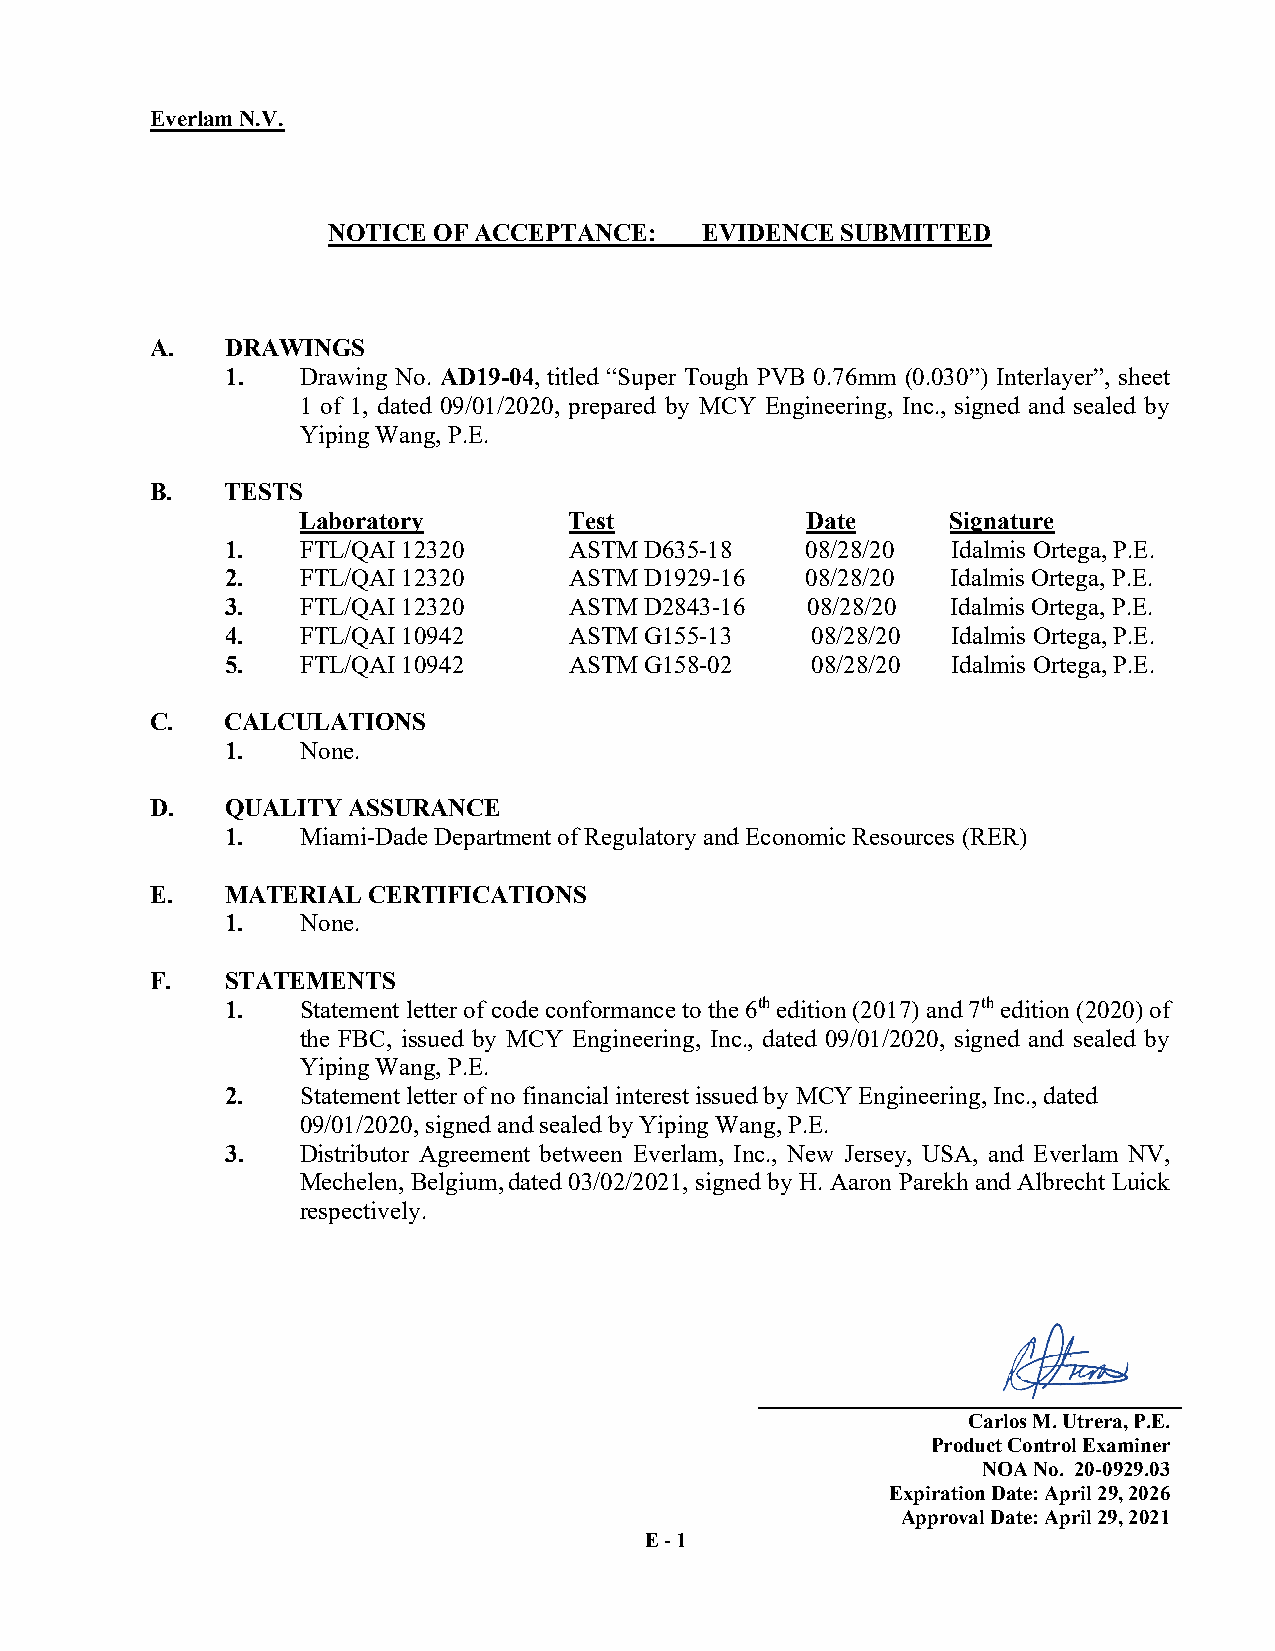
Everlam N.V.
 NOTICE OF ACCEPTANCE:    EVIDENCE SUBMITTED
 A.   DRAWINGS
 1.   Drawing No. AD19-04, titled “Super Tough PVB 0.76mm (0.030”) Interlayer”, sheet
 1 of 1, dated 09/01/2020, prepared by MCY Engineering, Inc., signed and sealed by
 Yiping Wang, P.E.
 B.   TESTS
 Laboratory        Test           Date      Signature
 1.   FTL/QAI 12320     ASTM D635-18   08/28/20  Idalmis Ortega, P.E.
 2.   FTL/QAI 12320     ASTM D1929-16  08/28/20  Idalmis Ortega, P.E.
 3.   FTL/QAI 12320     ASTM D2843-16   08/28/20 Idalmis Ortega, P.E.
 4.   FTL/QAI 10942     ASTM G155-13    08/28/20 Idalmis Ortega, P.E.
 5.   FTL/QAI 10942     ASTM G158-02    08/28/20 Idalmis Ortega, P.E.
 C.   CALCULATIONS
 1.   None.
 D.   QUALITY ASSURANCE
 1.   Miami-Dade Department of Regulatory and Economic Resources (RER)
 E.   MATERIAL CERTIFICATIONS
 1.   None.
 F.   STATEMENTS
 1.   Statement letter of code conformance to the 6th edition (2017) and 7th edition (2020) of
 the FBC, issued by MCY Engineering, Inc., dated 09/01/2020, signed and sealed by
 Yiping Wang, P.E.
 2.   Statement letter of no financial interest issued by MCY Engineering, Inc., dated
 09/01/2020, signed and sealed by Yiping Wang, P.E.
 3.   Distributor Agreement between Everlam, Inc., New Jersey, USA, and Everlam NV,
 Mechelen, Belgium,dated 03/02/2021, signed by H. Aaron Parekh and Albrecht Luick
 respectively.
 Carlos M. Utrera, P.E.
 Product Control Examiner
 NOA No. 20-0929.03
 Expiration Date: April 29, 2026
 Approval Date: April 29, 2021
 E - 1